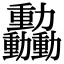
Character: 𫦿